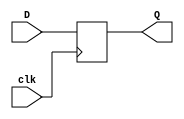
`timescale 1ns / 1ps
//////////////////////////////////////////////////////////////////////////////////
// Company: 
// Engineer: 
// 
// Design Name: 
// Module Name: posedge_DFF
// Project Name: 
// Target Devices: 
// Tool Versions: 
// Description: 
// 
// Dependencies: 
// 
// Revision:
// Revision 0.01 - File Created
// Additional Comments:
// 
//////////////////////////////////////////////////////////////////////////////////


module DFF(D,clk, Q);
input D; // Data input 
input clk; // clock input 
output reg Q; // output Q 
always @(posedge clk) 
begin
 Q <= D; 
end 
endmodule